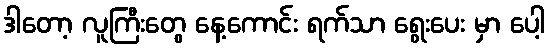
ဒါတော့ လူကြီးတွေ နေ့ကောင်း ရက်သာ ရွေးပေး မှာ ပေါ့